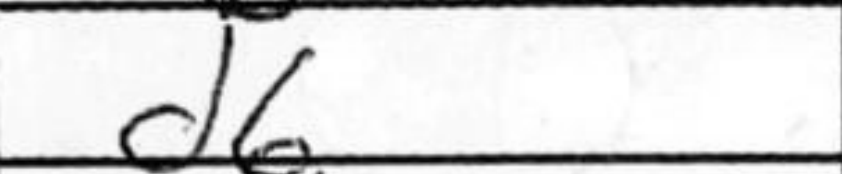
Transcription: d6